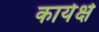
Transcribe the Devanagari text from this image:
कार्यक्षे